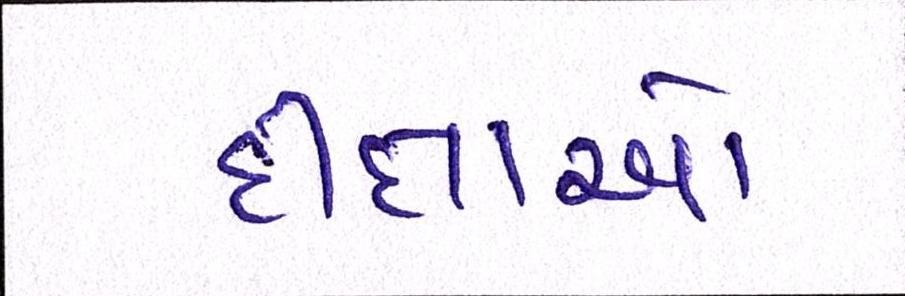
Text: દીક્ષાઓ